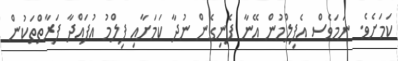
ކަމަށެވެ. ނަމަވެސް އެފިލްމުން އޭނާ ފެނިގެން ނުދާ ކަމަށާއި ފިލްމު އުފައްދާ ފަރާތްތަކުން